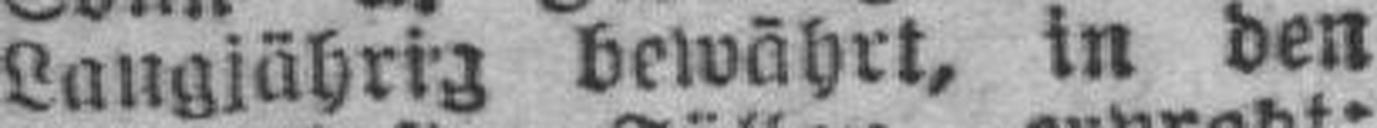
Langjährig bewährt, in den